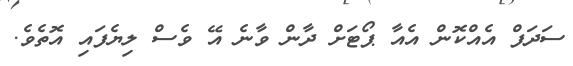
ސަދަފް އެއްކޮން އެއާ ޕޯޓަށް ދާން ވާނެ އޭ ވެސް ލިޔެފައި އޮތެވެ.